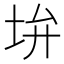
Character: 𡊯